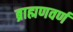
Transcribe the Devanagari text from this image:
ब्राह्मणवर्ण